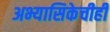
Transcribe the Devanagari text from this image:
अभ्यासिकेचीही